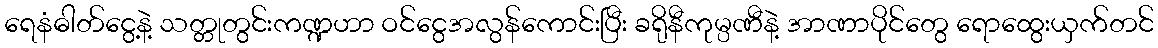
ရေနံဓါတ်ငွေ့နဲ့ သတ္တုတွင်းကဏ္ဍဟာ ဝင်ငွေအလွန်ကောင်းပြီး ခရိုနီကုမ္ပဏီနဲ့ အာဏာပိုင်တွေ ရောထွေးယှက်တင်